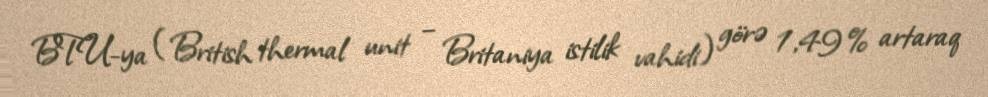
BTU-ya (British thermal unit – Britaniya istilik vahidi) görə 1,49% artaraq